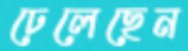
ঢেলেছেন